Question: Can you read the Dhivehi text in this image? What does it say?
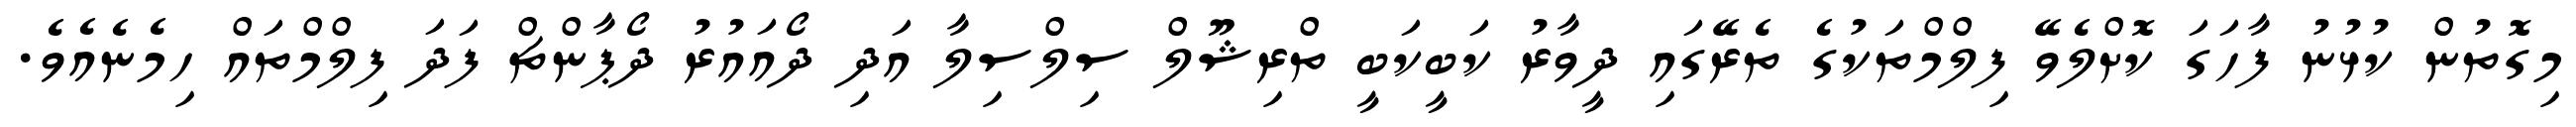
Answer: މިގޮތުން ކުޅުނު ފާހަގަ ކޮށްލެވޭ ފިލްމްތަކުގެ ތެރޭގައި ދީވާރު ކަބީކަބީ ތްރިޝޫލް ސިލްސިލާ އަދި ދޯއައުރު ދޯޕާންޗް ފަދަ ފިލްމްތައް ހިމެނެއެވެ.